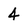
Character: 4